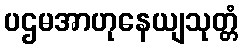
ပဌမအာဟုနေယျသုတ္တံ